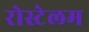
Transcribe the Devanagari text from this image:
रोस्टेलम